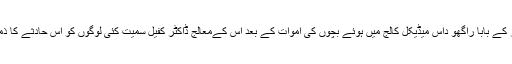
اگست میں گورکھپور کے بابا راگھو داس میڈیکل کالج میں ہوئے بچّوں کی اموات کے بعد اس کےمعالج ڈاکٹر کفیل سمیت کئی لوگوں کو اس حادثے کا ذمہ دار ٹھہرایا گیا تھا۔